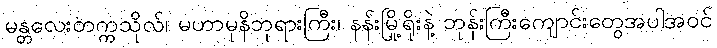
မန္တလေးတက္ကသိုလ်၊ မဟာမုနိဘုရားကြီး၊ နန်းမြို့ရိုးနဲ့ ဘုန်းကြီးကျောင်းတွေအပါအဝင်